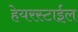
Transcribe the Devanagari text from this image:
हेयरस्टाईल